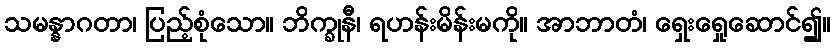
သမန္နာဂတာ၊ ပြည့်စုံသော။ ဘိက္ခုနီ၊ ရဟန်းမိန်းမကို။ အာဘာတံ၊ ရှေးရှေုဆောင်၍။